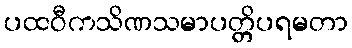
ပထဝီကသိဏသမာပတ္တိပရမတာ